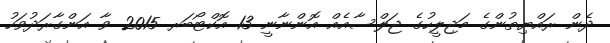
ދެން ރައްޔިތުންގެ މަޖިލީހުގެ ޖަލްސާއެއް އޮންނާނީ 13 އޮކްޓޯބަރ 2015 ވާ އަންގާރަދުވަހު